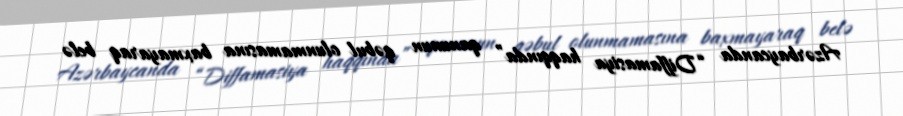
Azərbaycanda “Diffamasiya haqqında” qanunun qəbul olunmamasına baxmayaraq belə